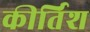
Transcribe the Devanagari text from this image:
कीर्तिश